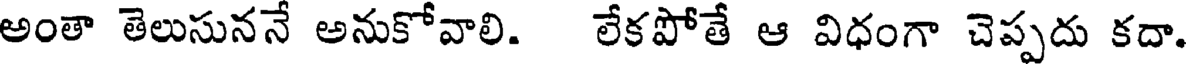
అంతా తెలుసుననే అనుకోవాలి. లేకపోతే ఆ విధంగా చెప్పదు కదా.